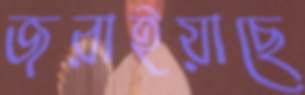
জরাইয়াছে